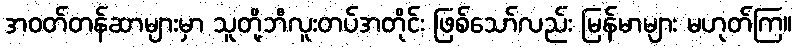
အဝတ်တန်ဆာများမှာ သူတို့ဘီလူးတပ်အတိုင်း ဖြစ်သော်လည်း မြန်မာများ မဟုတ်ကြ။